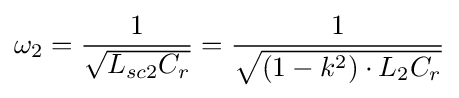
\omega _{2}={1 \over {\sqrt {L_{sc2}C_{r}}}}={1 \over {\sqrt {(1-k^{2})\cdot {L_{2}}C_{r}}}}